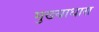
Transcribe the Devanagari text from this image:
मुख्याधारा